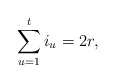
\begin{align*}\sum_{u = 1}^t i_u = 2r,\end{align*}